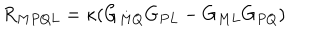
R _ { M P Q L } = \kappa ( G _ { M Q } G _ { P L } - G _ { M L } G _ { P Q } )